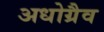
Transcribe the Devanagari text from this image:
अधोग्रैव